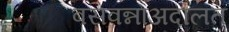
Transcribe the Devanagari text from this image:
बसवन्नाअदालत